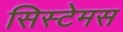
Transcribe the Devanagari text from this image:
सिस्टेमस